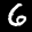
Label: 6